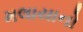
મલાયાનો